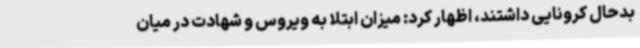
بدحال کرونایی داشتند، اظهار کرد: میزان ابتلا به ویروس و شهادت در میان